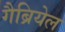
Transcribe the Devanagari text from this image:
गैब्रियेल